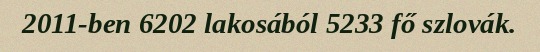
2011-ben 6202 lakosából 5233 fő szlovák.